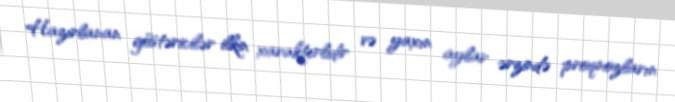
Hazırlanan göstəricilər ilkin xarakterlidir və yaxın aylar ərzində proqnozların